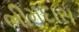
ભીમદાસ